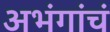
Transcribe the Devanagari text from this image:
अभंगांचं